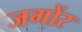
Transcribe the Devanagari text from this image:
जगोंर